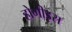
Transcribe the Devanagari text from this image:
होगीइस